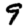
Digit: 9